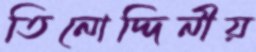
তিনোদ্দিনীয়